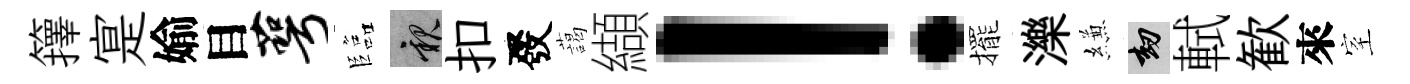
籜寔媮目萼臨親扣發藹纈！擺濼縑劫軾歓來室